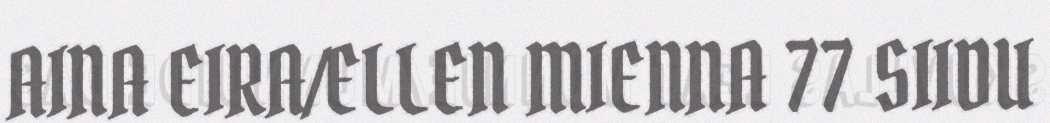
AINA EIRA/ELLEN MIENNA 77 SIIDU